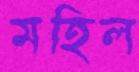
মহিল